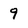
Character: 9